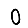
Digit: 0